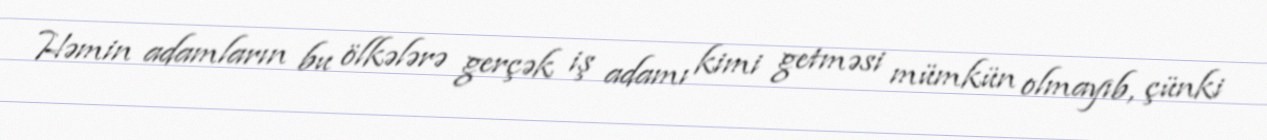
Həmin adamların bu ölkələrə gerçək iş adamı kimi getməsi mümkün olmayıb, çünki